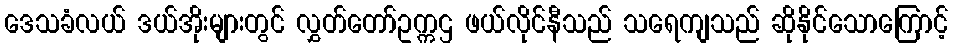
ဒေသခံလယ် ဒယ်အိုးများတွင် လွှတ်တော်ဥက္ကဌ ဖယ်လိုင်နီသည် သရေကျသည် ဆိုနိုင်သောကြောင့်